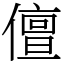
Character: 儃